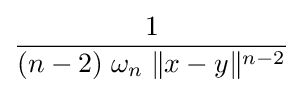
{\frac {1}{(n-2)\;\omega _{n}\;\|x-y\|^{n-2}}}